Senior Leaving Certificate Examination (including Day School Certificate (Higher) General paper), 1949
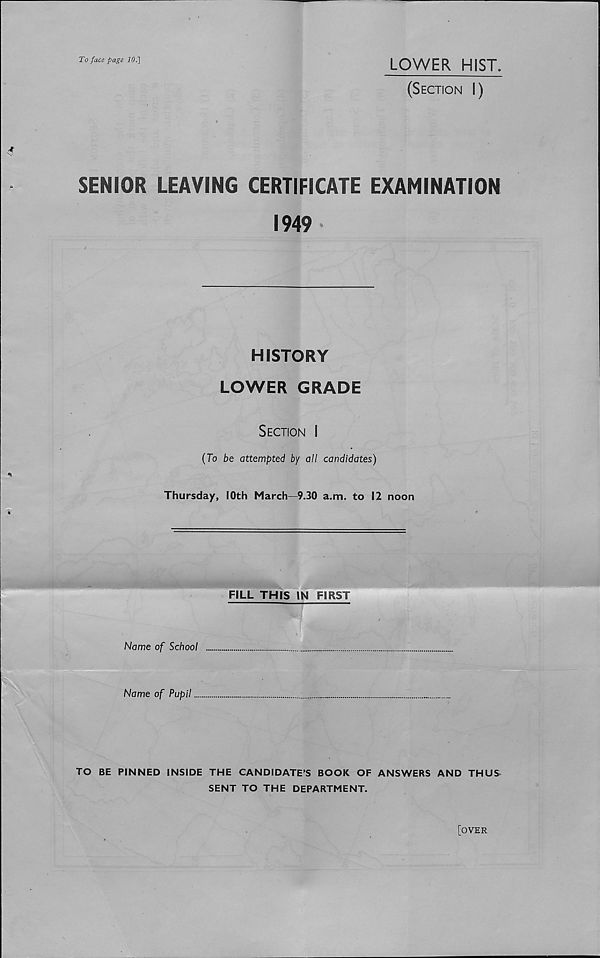
To face page 10.]
LOWER HIST.
(Section I)
SENIOR LEAVING CERTIFICATE EXAMINATION
1949 *
HISTORY
LOWER GRADE
Section I
(To be attempted by all candidates)
Thursday, IOth March—9.30 a.m. to 12 noon
FILL THIS IN FIRST
Name of School
Name of Pupil
TO BE PINNED INSIDE THE CANDIDATE’S BOOK OF ANSWERS AND THUS
SENT TO THE DEPARTMENT.
[over